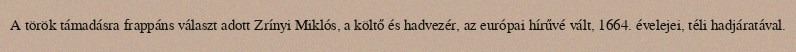
A török támadásra frappáns választ adott Zrínyi Miklós, a költő és hadvezér, az európai hírűvé vált, 1664. évelejei, téli hadjáratával.